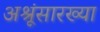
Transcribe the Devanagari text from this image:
अश्रूंसारख्या